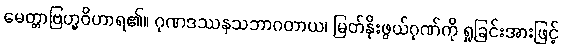
မေတ္တာဗြဟ္မဝိဟာရ၏။ ဂုဏဒဿနသဘာဂတာယ၊ မြတ်နိုးဖွယ်ဂုဏ်ကို ရှုခြင်းအားဖြင့်